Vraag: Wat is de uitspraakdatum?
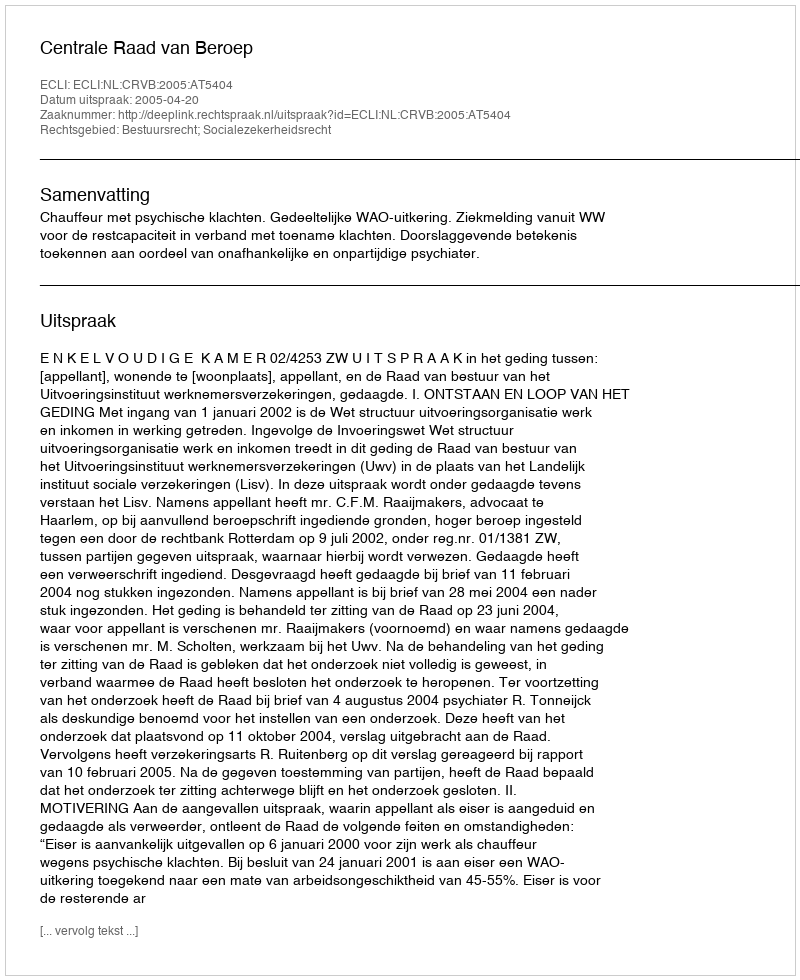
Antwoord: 2005-04-20